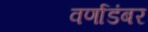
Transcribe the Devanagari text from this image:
वर्णाडंबर